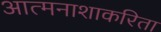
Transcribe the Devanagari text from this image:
आत्मनाशाकरिता